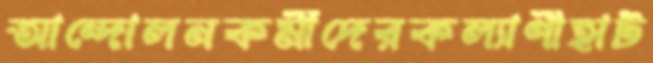
আন্দোলনকর্মীদেরকল্যাণীহাট